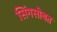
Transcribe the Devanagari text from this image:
सिंगसोबत